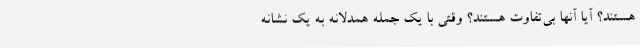
هستند؟ آیا آنها بی‌تفاوت هستند؟ وقتی با یک جمله همدلانه به یک نشانه